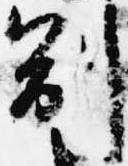
副